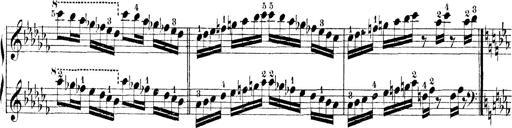
Title: Technische Studien
Composer: Franz Liszt